Madras plague regulations in force outside the Presidency town - Volume 6
Disease focus: Plague
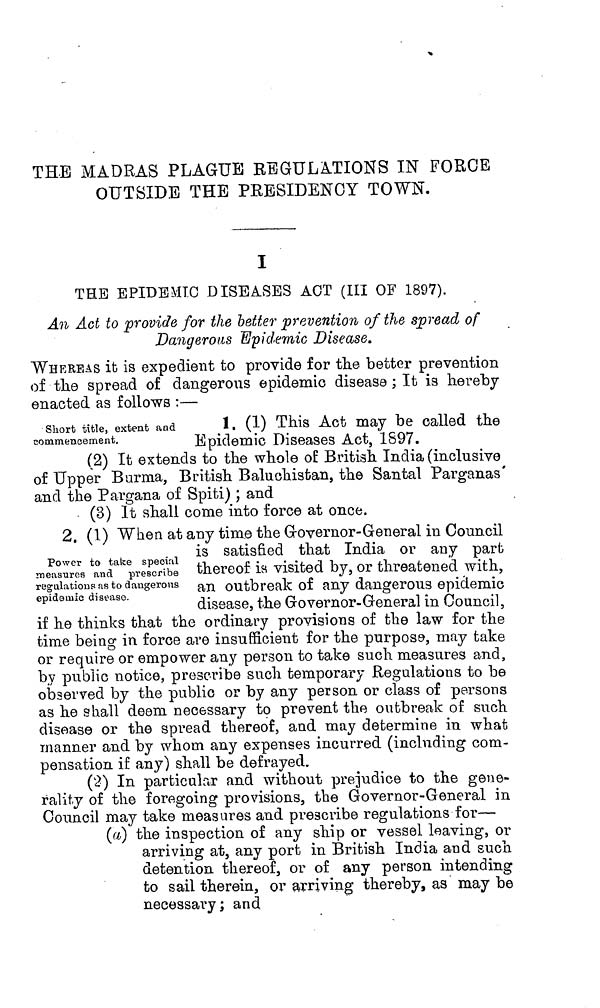
THE MADRAS PLAGUE REGULATIONS IN FORCE
OUTSIDE THE PRESIDENCY TOWN.
I
THE EPIDEMIC DISEASES ACT (III OF 1897).
An Act to provide for the better prevention of the spread of
Dangerous Epidemic Disease.
WHEREAS it is expedient to provide for the better prevention
of the spread of dangerous epidemic disease ; It is hereby
enacted as follows :—
Short title, extent and
commencement.
1. (1) This Act may be called the
Epidemic Diseases Act, 1897.
(2) It extends to the whole of British India (inclusive
of Upper Burma, British Baluchistan, the Santal Parganas
and the Pargana of Spiti) ; and
- (3) It shall come into force at once.
Power to take special
measures and prescribe
regulations as to dangerous
epidemic disease.
2. (1) When at any time the Governor-General in Council
is satisfied that India or any part
thereof is visited by, or threatened with,
an outbreak of any dangerous epidemic
disease, the Governor-General in Council,
if he thinks that the ordinary provisions of the law for the
time being in force are insufficient for the purpose, may take
or require or empower any person to take such measures and,
by public notice, prescribe such temporary Regulations to be
observed by the public or by any person or class of persons
as he shall deem necessary to prevent the outbreak of such
disease or the spread thereof, and may determine in what
manner and by whom any expenses incurred (including com-
pensation if any) shall be defrayed.
(2) In particular and without prejudice to the gene-
rality of the foregoing provisions, the Governor-General in
Council may take measures and prescribe regulations for—
(a) the inspection of any ship or vessel leaving, or
arriving at, any port in British India and such
detention thereof, or of any person intending
to sail therein, or arriving thereby, as may be
necessary; and